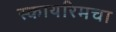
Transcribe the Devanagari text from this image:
स्कायरिमचा